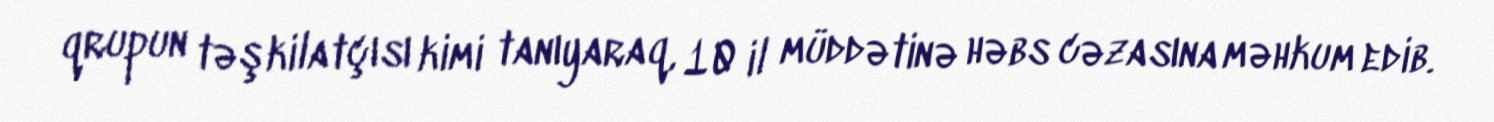
qrupun təşkilatçısı kimi tanıyaraq, 10 il müddətinə həbs cəzasına məhkum edib.